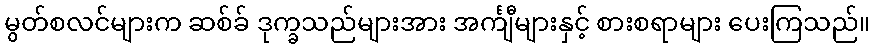
မွတ်စလင်များက ဆစ်ခ် ဒုက္ခသည်များအား အင်္ကျီများနှင့် စားစရာများ ပေးကြသည်။